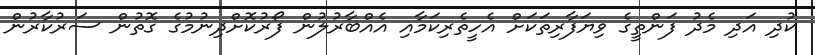
ކުދި އަދި މެދު ފަންތީގެ ވިޔަފާރިތަކަށް އެހީތެރިކަމާއި އެއްބާރުލުން ފޯރުކޮށްދިނުމުގެ ގޮތުން ސަރުކާރުން